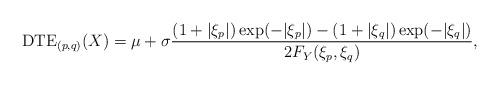
LaTeX: \begin{align*} \mathrm{DTE}_{(p,q)}(X)=\mu+\sigma\frac{(1+|\xi_{p}|)\exp(-|\xi_{p}|)-(1+|\xi_{q}|)\exp(-|\xi_{q}|)}{2F_{Y}(\xi_{p},\xi_{q})},\end{align*}